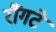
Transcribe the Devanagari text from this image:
रौंगटे